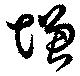
增